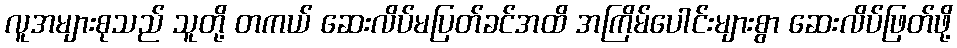
လူအများစုသည် သူတို့ တကယ် ဆေးလိပ်မပြတ်ခင်အထိ အကြိမ်ပေါင်းများစွာ ဆေးလိပ်ဖြတ်ဖို့